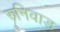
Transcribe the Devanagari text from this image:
रुनिवाड